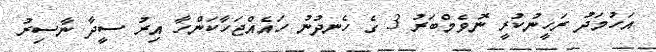
އަހުމަދު ރަހީނުކުރީ ނޮވެމްބަރު 3 ގެ ހެނދުނު ހައެއްޖަހާކަންހާ އިރު ސީދާ ނާސިރު